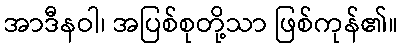
အာဒီနဝါ၊ အပြစ်စုတို့သာ ဖြစ်ကုန်၏။